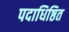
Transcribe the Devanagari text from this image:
पदाधिष्ठित